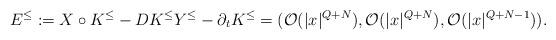
LaTeX: \begin{align*}E^{\leq} := X \circ K^{\leq} -DK^{\leq} Y^{\leq}-\partial_t K^{\leq} = (\mathcal{O}(|x|^{Q+N}),\mathcal{O}(|x|^{Q+N}),\mathcal{O}(|x|^{Q+N-1})).\end{align*}